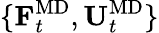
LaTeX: \{ \mathbf{F}_{t}^{\mathrm{MD}},\mathbf{U}_{t}^{\mathrm{MD}}\}